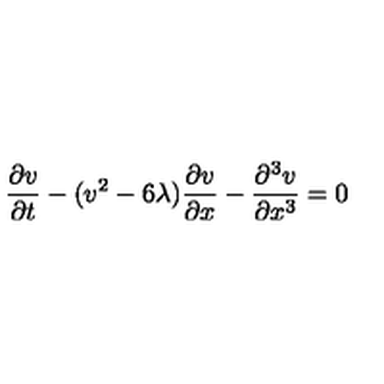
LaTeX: { \frac { \partial v } { \partial t } } - ( v ^ { 2 } - 6 \lambda ) { \frac { \partial v } { \partial x } } - { \frac { \partial ^ { 3 } v } { \partial x ^ { 3 } } } = 0